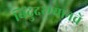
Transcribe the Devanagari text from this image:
बिंदुदरम्यानचे